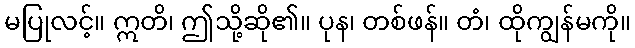
မပြုလင့်။ ဣတိ၊ ဤသို့ဆို၏။ ပုန၊ တစ်ဖန်။ တံ၊ ထိုကျွန်မကို။